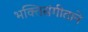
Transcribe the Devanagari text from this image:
भक्तिसंगीताने